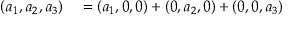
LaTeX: \begin{array} { r l } { ( a _ { 1 } , a _ { 2 } , a _ { 3 } ) } & { { } = ( a _ { 1 } , 0 , 0 ) + ( 0 , a _ { 2 } , 0 ) + ( 0 , 0 , a _ { 3 } ) } \end{array}